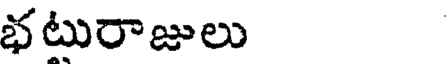
భటురాజులు